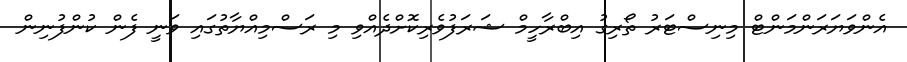
އެންވަޔަރަންމަންޓް މިނިސްޓަރު ތޯރިގު އިބްރާހީމް ޝަރަފުވެރިކޮށްދެއްވި މި ރަސްމިއްޔާތުގައި ވަނީ ފެން ކުންފުނިން